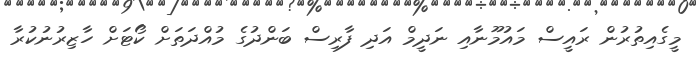
މީގެއިތުރުން ރައީސް މައުމޫނާއި ނަދީމް އަދި ފާރިސް ބަންދުގެ މުއްދަތަށް ކޯޓަށް ހާޒިރުނުކުރާ